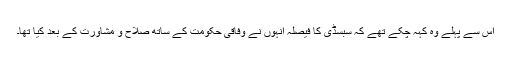
اس سے پہلے وہ کہہ چکے تھے کہ سبسڈی کا فیصلہ انہوں نے وفاقی حکومت کے ساتھ صلاح و مشاورت کے بعد کیا تھا۔